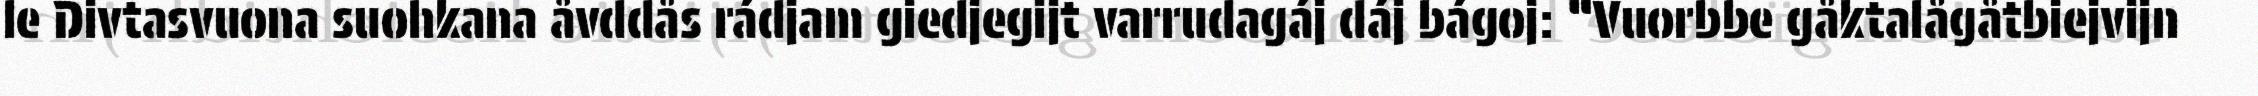
le Divtasvuona suohkana åvddås rádjam giedjegijt varrudagáj dáj bágoj: “Vuorbbe gåktalågåtbiejvijn